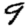
Digit: 9